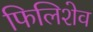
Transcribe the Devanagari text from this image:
फिलिशेव